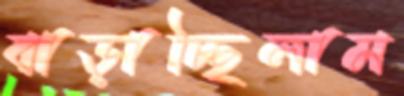
বাড়াচ্ছিলাম